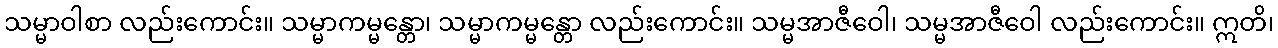
သမ္မာဝါစာ လည်းကောင်း။ သမ္မာကမ္မန္တော၊ သမ္မာကမ္မန္တော လည်းကောင်း။ သမ္မအာဇီဝေါ၊ သမ္မအာဇီဝေါ လည်းကောင်း။ ဣတိ၊